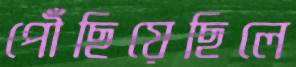
পৌঁছিয়েছিলে